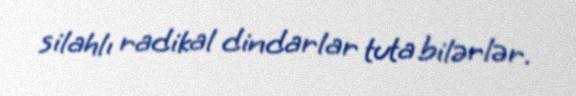
silahlı radikal dindarlar tuta bilərlər.